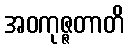
အဝကုဇ္ဇတာတိ